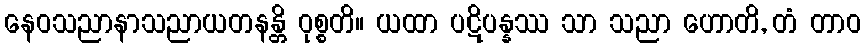
နေဝသညာနာသညာယတနန္တိ ဝုစ္စတိ။ ယထာ ပဋိပန္နဿ သာ သညာ ဟောတိ, တံ တာဝ